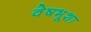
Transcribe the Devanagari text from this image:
वेषभूशा